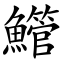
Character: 䲘